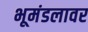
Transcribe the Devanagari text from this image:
भूमंडलावर